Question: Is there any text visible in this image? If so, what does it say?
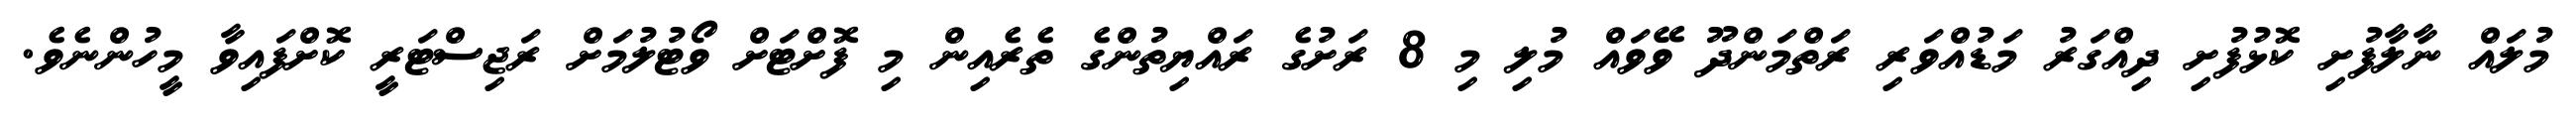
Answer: މުލައް ނާލާފުށި ކޮޅުފުށި ދިއްގަރު މަޑުއްވަރި ރަތްމަންދޫ ވޭވައް މުލި މި 8 ރަށުގެ ރައްޔިތުންގެ ތެރެއިން މި ފޮށްޓަށް ވޯޓުލުމަށް ރަޖިސްޓަރީ ކޮށްފައިވާ މީހުންނެވެ.